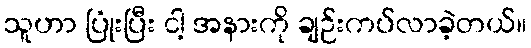
သူဟာ ပြုံးပြီး ငါ့ အနားကို ချဉ်းကပ်လာခဲ့တယ်။